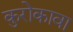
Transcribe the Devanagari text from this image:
कुरोकावा